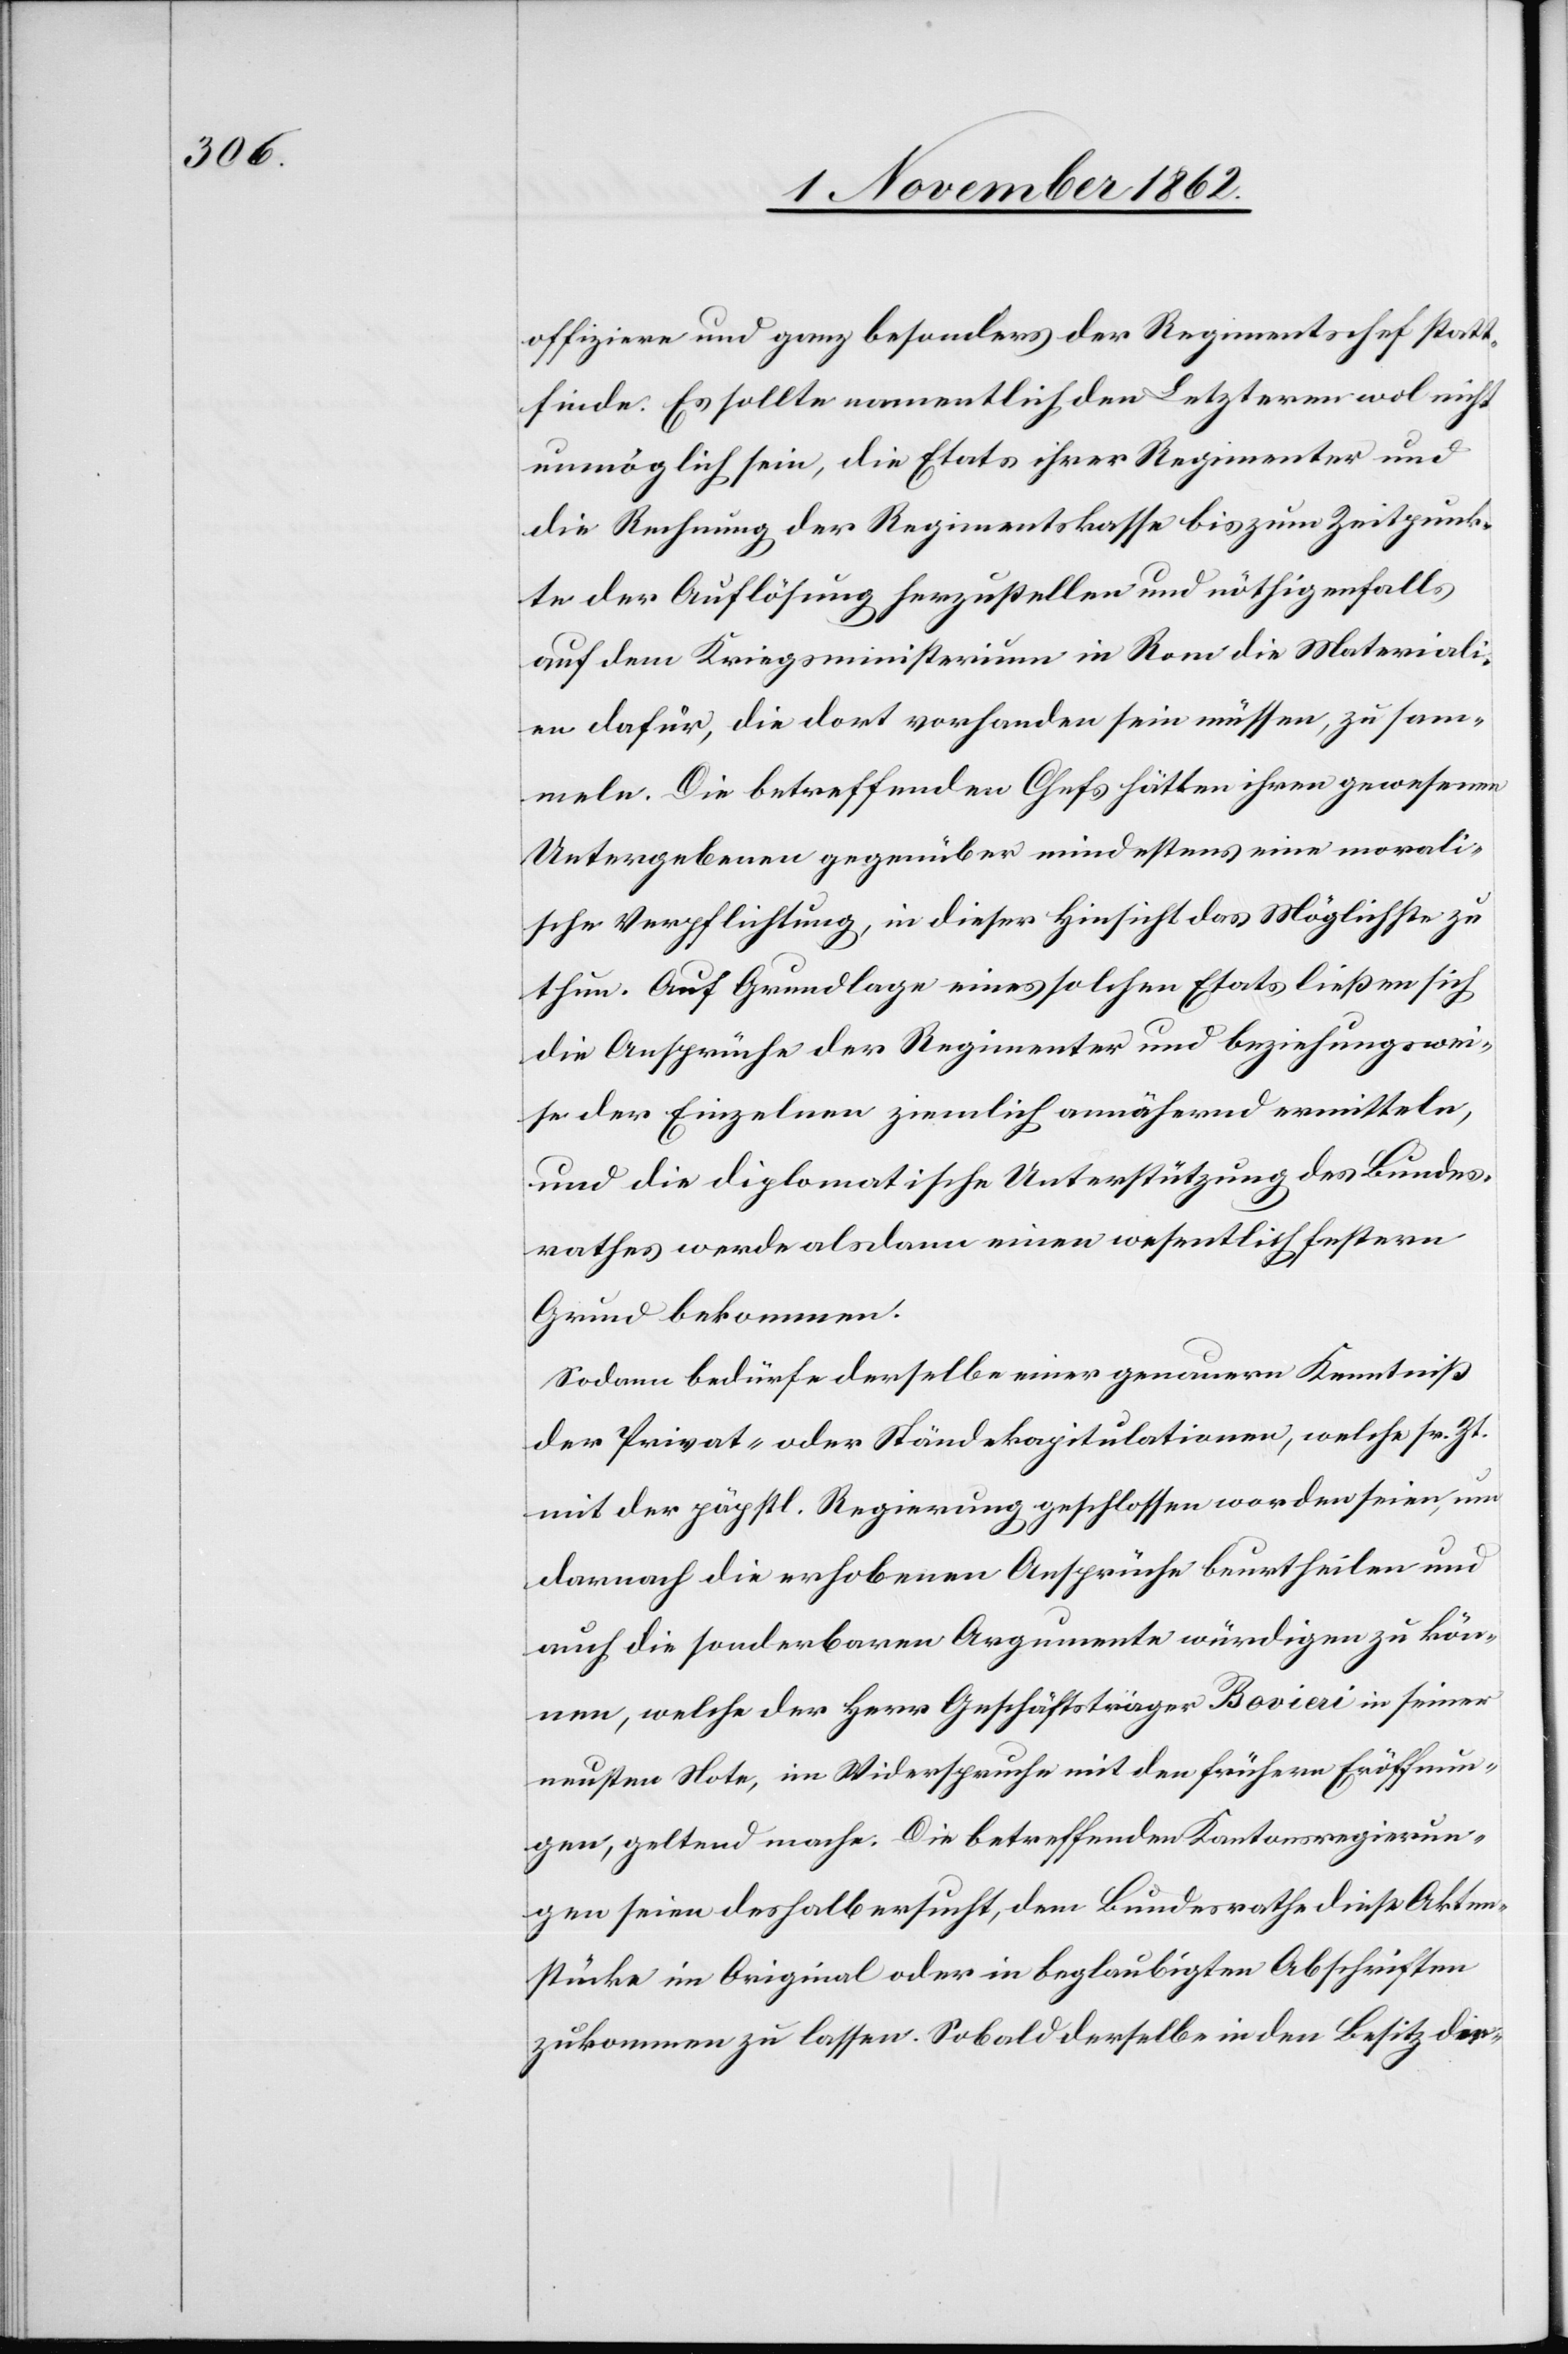
offiziere und ganz besonders der Regimentschef statt¬
finde. Es sollte namentlich den Letzteren wol nicht
unmöglich sein, die Etats ihrer Regimenter und
die Rechnung der Regimentskasse bis zum Zeitpunk¬
te der Auflösung herzustellen und nöthigenfalls
auf dem Kriegsministerium in Rom die Materiali¬
en dafür, die dort vorhanden sein müssen, zu sam¬
meln. Die betreffenden Chefs hätten ihren gewesenen
Untergebenen gegenüber mindestens eine morali¬
sche Verpflichtung, in dieser Hinsicht das Möglichste zu
thun. Auf Grundlage eines solchen Etats ließen sich
die Ansprüche der Regimenter und beziehungswei¬
se der Einzelnen ziemlich annähernd vermitteln,
und die diplomatische Unterstützung des Bundes¬
rathes werde alsdann einen wesentlich festern
Grund bekommen.
Sodann bedürfe derselbe einer genauern Kenntniß
der Privat- oder Ständekapitulationen, welche sr. Zt.
mit der päpstl. Regierung geschlossen worden seien, um
danach die erhobenen Ansprüche zu beurtheilen und
auch die sonderbaren Argumente würdigen zu kön¬
nen, welche der Herr Geschäftsträger Bovieri in seiner
neuestern Note, im Widerspruche mit den frühern Eröffnun¬
gen, geltend mache. Die betreffenden Kantonsregierun¬
gen seien deshalb ersucht, dem Bundesrathe diese Akten¬
stücke im Original oder in beglaubigten Abschriften
zukommen zu lassen. Sobald derselbe in den Besitz die-